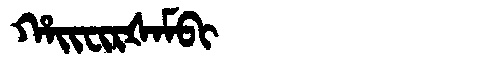
Manchu: ᡥᠠᡳᠸᡳᡵᡧᠠᠮᠪᡳ
Romanization: HAIFIRŠAMBI